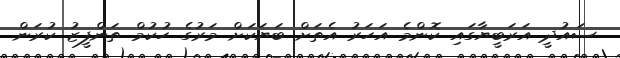
ސައުދީ އަރަބީޔާގައި ކޮންމެ އަަހަރު އެތަށް ބަޔަކަށް މަރުގެ ހުކުމް ތަންފީޒު ކުރަން